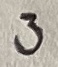
Text: 3